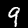
Label: 9